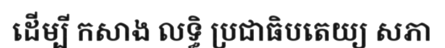
ដើម្បី កសាង លទ្ធិ ប្រជាធិបតេយ្យ សភា